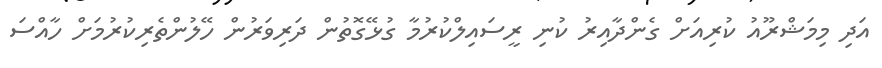
އަދި މިމަޝްރޫއު ކުރިއަށް ގެންދާއިރު ކުނި ރީސައިލްކުރުމާ ގުޅޭގޮތުން ދަރިވަރުން ހޭލުންތެރިކުރުމަށް ހާއްސަ